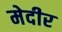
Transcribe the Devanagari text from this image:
मेदीर